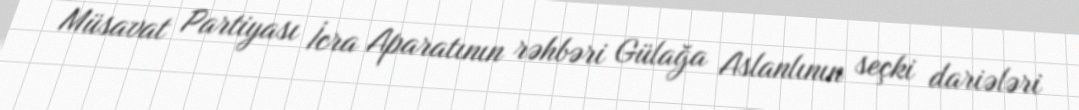
Müsavat Partiyası İcra Aparatının rəhbəri Gülağa Aslanlının seçki dariələri